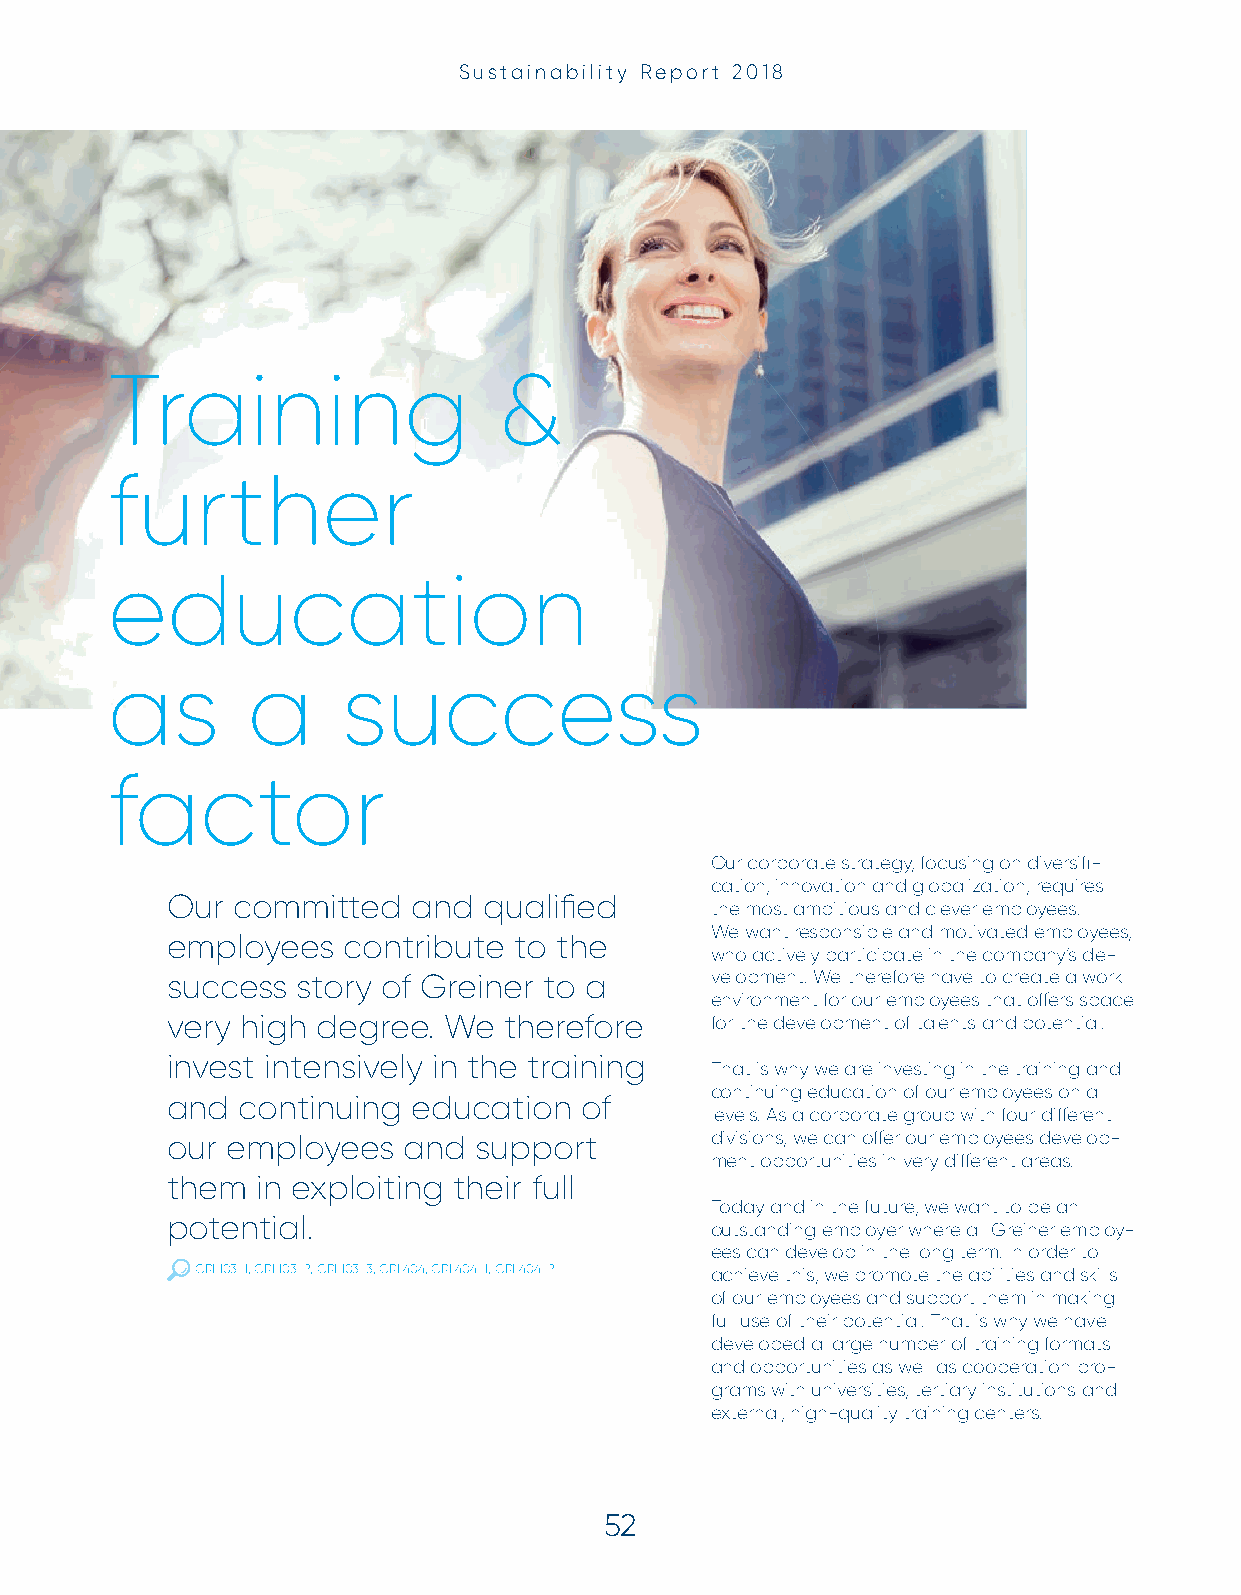
Sustainability Report 2018
 Training                  &
 further
 education
 as       a      success
 factor
 Our corporate strategy, focusing on diversifi -
 cation, innovation and globalization, requires
 Our committed   and  qualifi ed
 the most ambitious and clever employees.
 We want responsible and motivated employees,
 employees   contribute to the
 who actively participate in the company‘s de-
 success  story of Greiner to a      velopment. We therefore have to create a work
 environment for our employees that off ers space
 very high degree. We  therefore     for the development of talents and potential.
 invest intensively in the training
 That is why we are investing in the training and
 continuing education of our employees on all
 and  continuing education  of
 levels. As a corporate group with four diff erent
 our employees   and support         divisions, we can off er our employees develop-
 ment opportunities in very diff erent areas.
 them  in exploiting their full
 Today and in the future, we want to be an
 potential.
 outstanding employer where all Greiner employ-
 ees can develop in the long term. In order to
 GRI 103-1, GRI 103-2, GRI 103-3, GRI 404, GRI 404-1, GRI 404-2 achieve this, we promote the abilities and skills
 of our employees and support them in making
 full use of their potential. That is why we have
 developed a large number of training formats
 and opportunities as well as cooperation pro-
 grams with universities, tertiary institutions and
 external, high-quality training centers.
 52